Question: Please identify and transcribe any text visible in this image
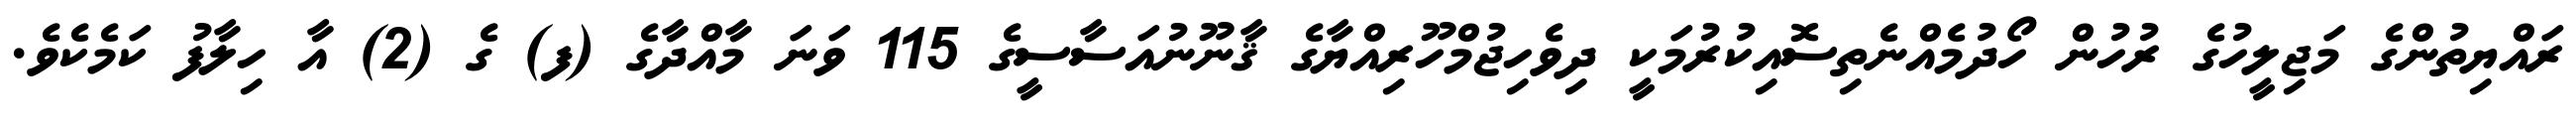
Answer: ރައްޔިތުންގެ މަޖިލީހުގެ ރުހުން ހޯދުމެއްނެތިސޮއިކުރުމަކީ ދިވެހިޖުމްހޫރިއްޔާގެ ޤާނޫނުއަސާސީގެ 115 ވަނަ މާއްދާގެ (ފ) ގެ (2) އާ ހިލާފު ކަމެކެވެ.